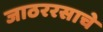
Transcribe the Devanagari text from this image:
जाठररसाचे